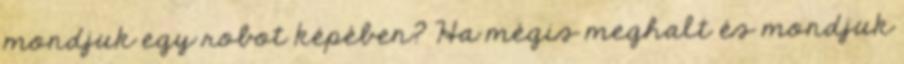
mondjuk egy robot képében? Ha mégis meghalt és mondjuk